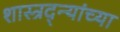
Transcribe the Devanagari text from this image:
शास्त्रद्न्यांच्या